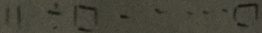
1 1 \div \square \cdots \square